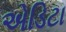
એડિટા